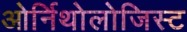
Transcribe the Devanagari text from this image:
ओर्निथोलोजिस्ट